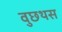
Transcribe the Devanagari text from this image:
वुछथस